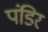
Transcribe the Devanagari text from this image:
पंडिर